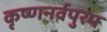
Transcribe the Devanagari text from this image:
कृष्णनर्वपुरम